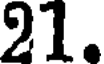
21.